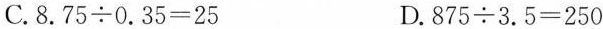
C. $$8 . 7 5 \div 0 . 3 5 = 2 5$$ D. $$8 7 5 \div 3 . 5 = 2 5 0$$